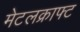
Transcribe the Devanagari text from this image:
मेटलक्राफ्ट